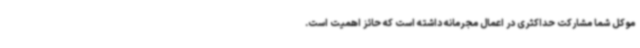
موکل شما مشارکت حداکثری در اعمال مجرمانه داشته است که حائز اهمیت است.